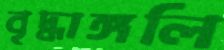
বৃদ্ধাঙ্গলি